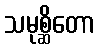
သမုစ္ဆိတော